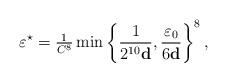
LaTeX: \begin{align*}\varepsilon^\star=\tfrac{1}{C^8}\min\left\{\dfrac{1}{2^{10}\mathbf{d}},\dfrac{\varepsilon_0}{6\mathbf{d}}\right\}^8,\end{align*}